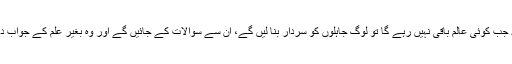
حتیٰ کہ جب کوئی عالم باقی نہیں رہے گا تو لوگ جاہلوں کو سردار بنا لیں گے، ان سے سوالات کے جائیں گے اور وہ بغیر علم کے جواب دیں گے۔